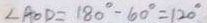
\angle A O D = 1 8 0 ^ { \circ } - 6 0 ^ { \circ } = 1 2 0 ^ { \circ }